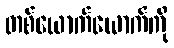
တစ်ယောက်ယောက်ကို